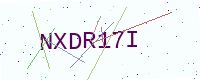
Text: NXDR17I